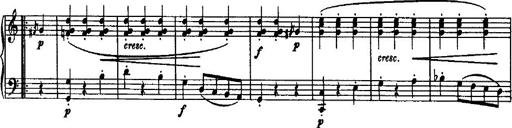
Title: Variation Ã¼ber einen Walzer von Diabelli
Composer: Franz Liszt